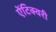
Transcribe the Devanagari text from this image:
ऐंटिक्वरी